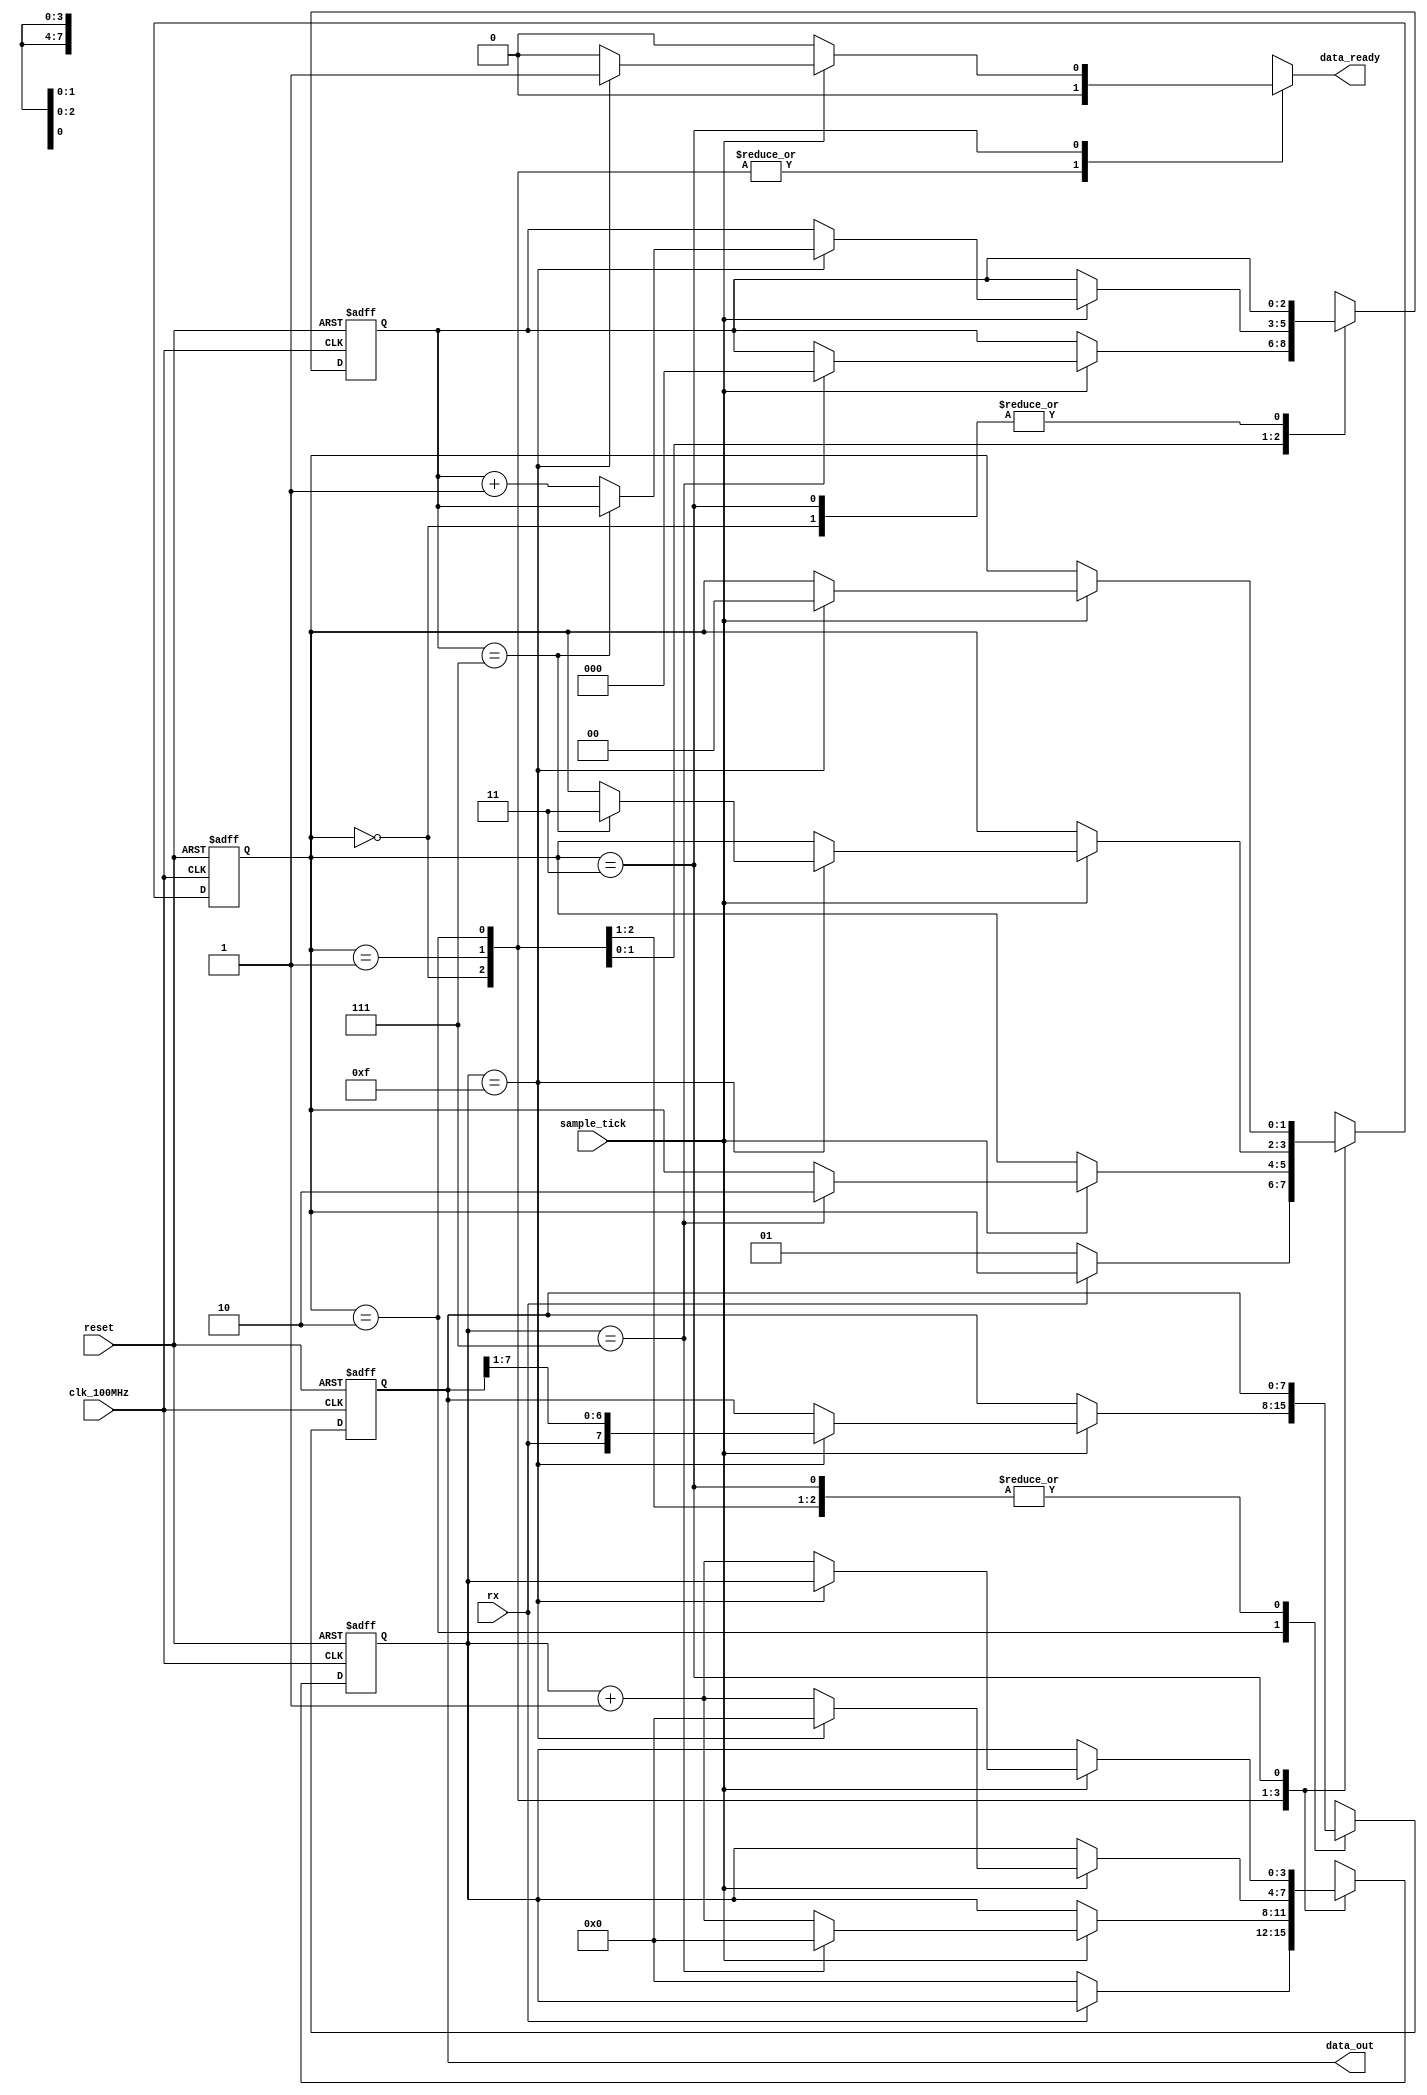
`timescale 1ns / 1ps


module uart_receiver
    #(
        parameter   DBITS = 8,          // number of data bits in a data word
                    SB_TICK = 16        // number of stop bit / oversampling ticks (1 stop bit)
    )
    (
        input clk_100MHz,               
        input reset,                    
        input rx,                       
        input sample_tick,              // sample tick from baud rate generator
        output reg data_ready,          // signal when new data word is complete (received)
        output [7:0] data_out     // data to FIFO
    );
    
    // State Machine States
    localparam [1:0] idle  = 2'b00,
                     start = 2'b01,
                     data  = 2'b10,
                     stop  = 2'b11;
    
    // Registers                 
    reg [1:0] state, next_state;        
    reg [3:0] tick_reg, tick_next;      
    reg [2:0] nbits_reg, nbits_next;    
    reg [7:0] data_reg, data_next;      
    
    // Register Logic
    always @(posedge clk_100MHz, posedge reset)
        if(reset) begin
            state <= idle;
            tick_reg <= 0;
            nbits_reg <= 0;
            data_reg <= 0;
        end
        else begin
            state <= next_state;
            tick_reg <= tick_next;
            nbits_reg <= nbits_next;
            data_reg <= data_next;
        end        

    // State Machine Logic
    always @* begin
        next_state = state;
        data_ready = 1'b0;
        tick_next = tick_reg;
        nbits_next = nbits_reg;
        data_next = data_reg;
        
        case(state)
            idle:
                if(~rx) begin               // when data line goes LOW (start condition)
                    next_state = start;
                    tick_next = 0;
                end
            start:
                if(sample_tick)
                    if(tick_reg == 7) begin
                        next_state = data;
                        tick_next = 0;
                        nbits_next = 0;
                    end
                    else
                        tick_next = tick_reg + 1;
            data:
                if(sample_tick)
                    if(tick_reg == 15) begin
                        tick_next = 0;
                        data_next = {rx, data_reg[7:1]};
                        if(nbits_reg == (DBITS-1))
                            next_state = stop;
                        else
                            nbits_next = nbits_reg + 1;
                    end
                    else
                        tick_next = tick_reg + 1;
            stop:
                if(sample_tick)
                    if(tick_reg == (SB_TICK-1)) begin
                        next_state = idle;
                        data_ready = 1'b1;
                    end
                    else
                        tick_next = tick_reg + 1;
        endcase                    
    end
    
    // Output Logic
    assign data_out = data_reg;

endmodule